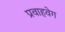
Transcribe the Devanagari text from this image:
प्रवाहवेग